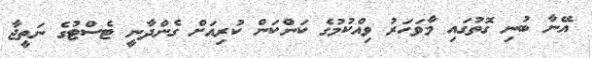
އޭނާ ބުނި ގޮތުގައި މާވަހަރު ވިއްކުމުގެ ކަންކަން ކުރިއަށް ގެންދާނީ ޓެސްޓުގެ ނަތީޖާ